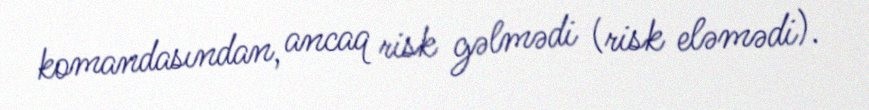
komandasından, ancaq risk gəlmədi (risk eləmədi).